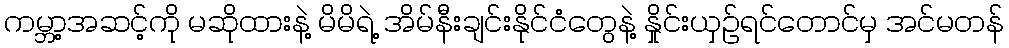
ကမ္ဘာ့အဆင့်ကို မဆိုထားနဲ့ မိမိရဲ့ အိမ်နီးချင်းနိုင်ငံတွေနဲ့ နှိုင်းယှဉ်ရင်တောင်မှ အင်မတန်